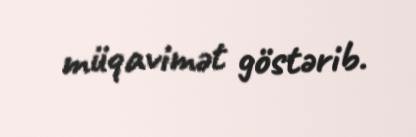
müqavimət göstərib.